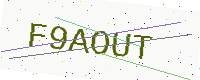
Text: F9AOUT